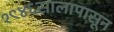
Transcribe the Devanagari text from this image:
१९४६सालापासून